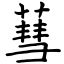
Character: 蔧